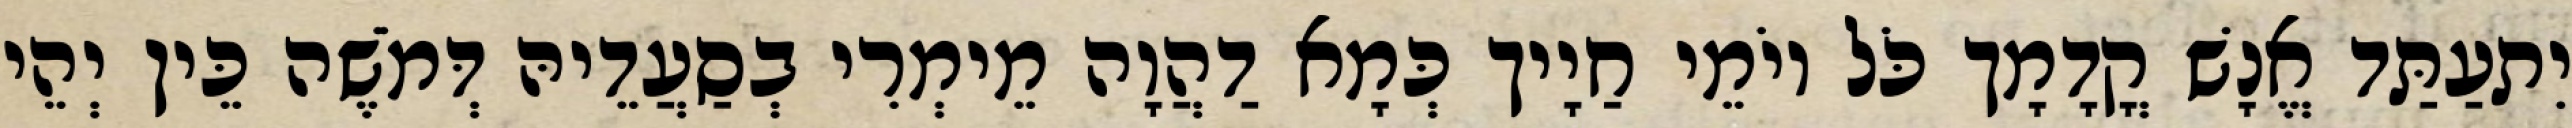
יִתעַתַּד אֱנָשׁ קֳדָמָך כֹּל יוֹמֵי חַיָיך כְּמָא דַהֲוָה מֵימְרִי בְסַעֲדֵיהּ דְּמֹשֶׁה כֵּין יְהֵי